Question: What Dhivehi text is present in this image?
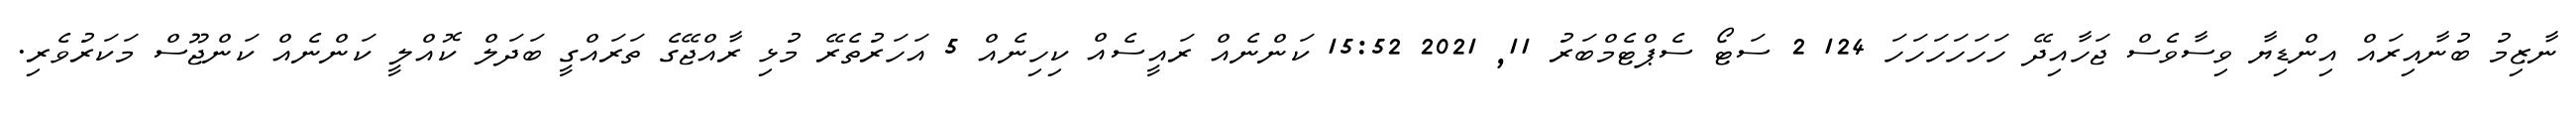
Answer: ނާޒިމު ބުނާއިރައް އިންޑިޔާ ވިސާވެސް ޖަހާއިދޭ ހަހަހަހަހަހަ 124 2 ސަޓޯ ސެޕްޓެމްބަރު 11, 2021 15:52 ކަންނެއް ރައީސެއް ކިހިނެއް 5 އަހަރުތެރޭ މުޅި ރާއްޖޭގެ ތަރައްގީ ބަދަލް ކޮއްލީ ކަންނެއް ކަންޖޫސް މަކަރުވެރި.